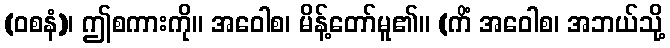
(ဝစနံ)၊ ဤစကားကို။ အဝေါစ၊ မိန့်တော်မူ၏။ (ကိံ အဝေါစ၊ အဘယ်သို့